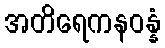
အတိရေကနဝန္နံ